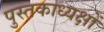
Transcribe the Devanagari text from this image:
पुस्तकाध्यक्षों